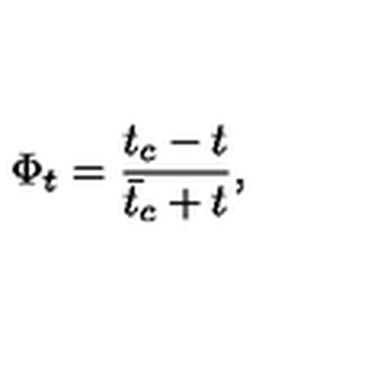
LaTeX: \Phi _ { t } = { \frac { t _ { c } - t } { { \bar { t } } _ { c } + t } } ,